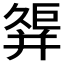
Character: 𢆩